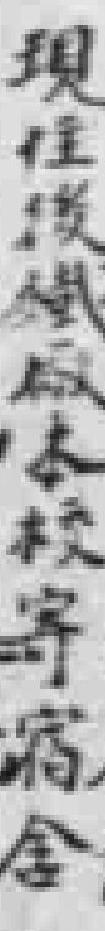
現住後鐵厰本校寄宿舍